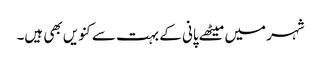
شہر میں میٹھے پانی کے بہت سے کنویں بھی ہیں۔